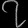
Digit: ၇